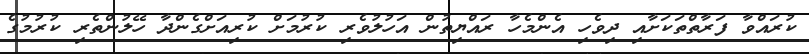
ކުރައްވާ ފަރާތްތަކަށާއި ދިވެހި އެންމެހާ ރައްޔިތުން އަހުލުވެރި ކުރުމަށް ކުރިއަށްގެންދާ ހޭލުންތެރި ކުރުމުގެ